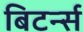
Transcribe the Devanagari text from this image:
बिटर्न्‍स